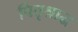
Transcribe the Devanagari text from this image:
पितृश्राद्ध